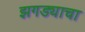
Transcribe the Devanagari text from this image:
झगड्याचा